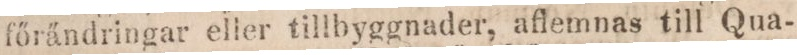
főrändringar eller tillbyggnader, aflemnas till Qua-